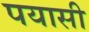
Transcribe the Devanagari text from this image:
पयासी